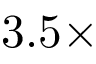
3 . 5 \times